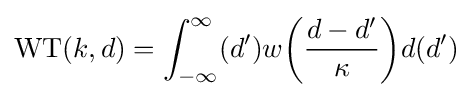
{\text{WT}}(k,d)=\int _{-\infty }^{\infty }(d')w{\bigg (}{\frac {d-d'}{\kappa }}{\bigg )}d(d')